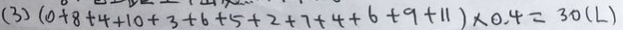
( 3 ) ( 0 + 8 + 4 + 1 0 + 3 + 6 + 5 + 2 + 7 + 4 + 6 + 9 + 1 1 ) \times 0 . 4 = 3 0 ( L )